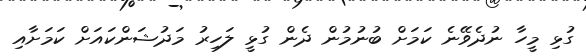
ގުޅި މީހާ ނުދެވޭނެ ކަމަށް ބުނުމުން ދެން ގުޅީ ލަހިރު މަދުޝަންކައަށް ކަމަށާއި